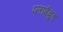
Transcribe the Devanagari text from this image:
प्लाईबुड